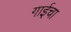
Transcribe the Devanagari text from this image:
गाईचा